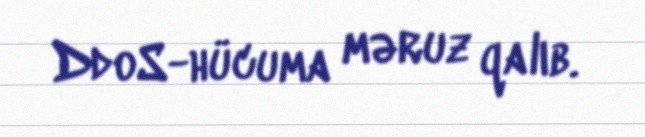
DdoS-hücuma məruz qalıb.